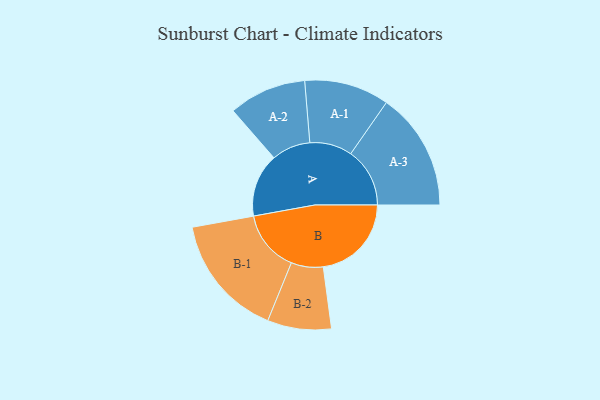
{"axis": {"x": "Segment", "y": "Value"}, "legend": ["", "A", "B"], "data": [{"x": "A", "y": 248, "type": ""}, {"x": "B", "y": 345, "type": ""}, {"x": "A-1", "y": 166, "type": "A"}, {"x": "A-2", "y": 152, "type": "A"}, {"x": "A-3", "y": 231, "type": "A"}, {"x": "B-1", "y": 241, "type": "B"}, {"x": "B-2", "y": 125, "type": "B"}]}